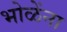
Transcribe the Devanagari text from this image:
भोळेंना